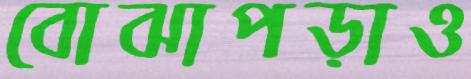
বোঝাপড়াও